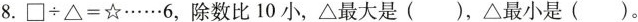
8.$$\Box ÷ \bigtriangleup =\star … 6$$，除数比10小，\bigtriangleup最大是（），\bigtriangleup最小是（）。